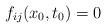
LaTeX: \begin{align*}f_{ij}(x_0,t_0)=0\end{align*}